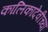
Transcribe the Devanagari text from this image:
कालिकादेवीच्या